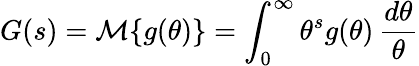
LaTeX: G(s)={\mathcal{M}}\{ g(\theta)\} =\int_{0}^{\infty}\theta^{s}g(\theta)\, {\frac{d\theta}{\theta}}